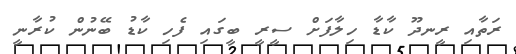
ރަތާއި ރީނދޫ ކާޑާ ހިލާފަށް ސީރީ ބީގައި ފެހި ކާޑު ބޭނުން ކުރާނީ